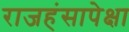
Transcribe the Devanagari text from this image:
राजहंसापेक्षा